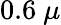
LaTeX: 0.6~\mu